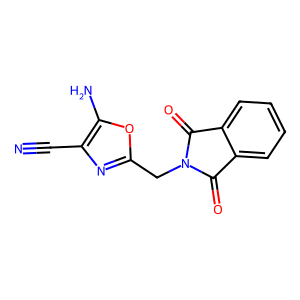
SMILES: N#Cc1nc(CN2C(=O)c3ccccc3C2=O)oc1N
Inhibits HIV replication: No